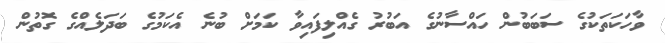
ވާހަކަތަކުގެ ސަބަބުން ހައްސާނުގެ އަބުރު ގެއްލިފައިވާ ކަމަށް ބުނެ އެކަމުގެ ބަދަލެއްގެ ގޮތުން